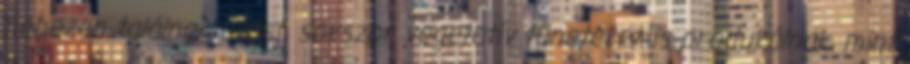
nehezen találnak állást, sokszor vegetatív tüneteket is produkálnak, mint